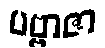
ပဗ္ဗာဇာ